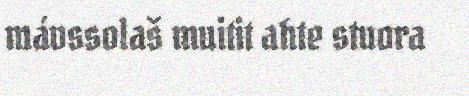
mávssolaš muitit ahte stuora